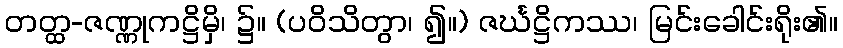
တတ္ထ-ဇဏ္ဏုကဋ္ဌိမှိ၊ ၌။ (ပဝိသိတွာ၊ ၍။) ဇင်္ဃဋ္ဌိကဿ၊ မြင်းခေါင်းရိုး၏။